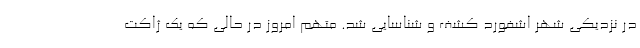
در نزدیکی شهر اشفورد کشف و شناسایی شد. متهم امروز در حالی که یک ژاکت